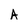
Character: A